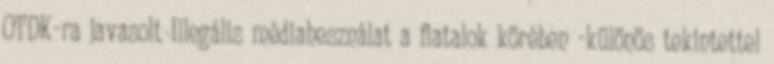
OTDK-ra javasolt Illegális médiahesználat a fiatalok körében -különös tekintettel